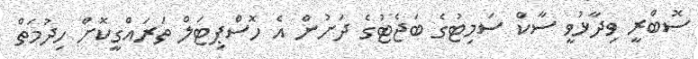
ސޮބްރީ ވިދާޅުވީ ސާކް ސަމިޓުގެ ބަޖެޓުގެ ދަށުން އެ ހޮސްޕިޓަލް ތަރައްގީކޮށް ހިދުމަތް